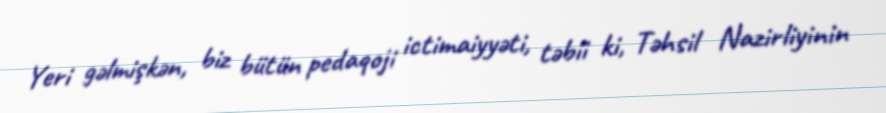
Yeri gəlmişkən, biz bütün pedaqoji ictimaiyyəti, təbii ki, Təhsil Nazirliyinin